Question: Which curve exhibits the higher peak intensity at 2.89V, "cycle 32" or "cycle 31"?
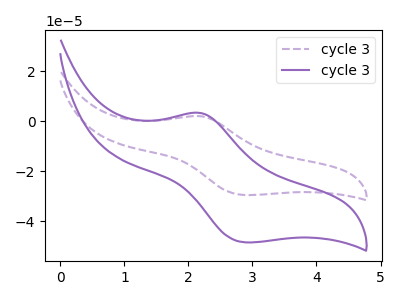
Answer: <think>The purple dashed curve "cycle 31" has an anodic peak at (2.20V, 2.00uA) and a cathodic peak at (2.90V, -29.50uA). The purple curve "cycle 32" has an anodic peak at (2.20V, 3.30uA) and a cathodic peak at (2.90V, -48.45uA).</think>
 <answer>The peak at 2.89V is higher in "cycle 32" than in "cycle 31".</answer>
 <eval>higher</eval>